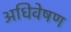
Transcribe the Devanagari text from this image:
अधिवेषण